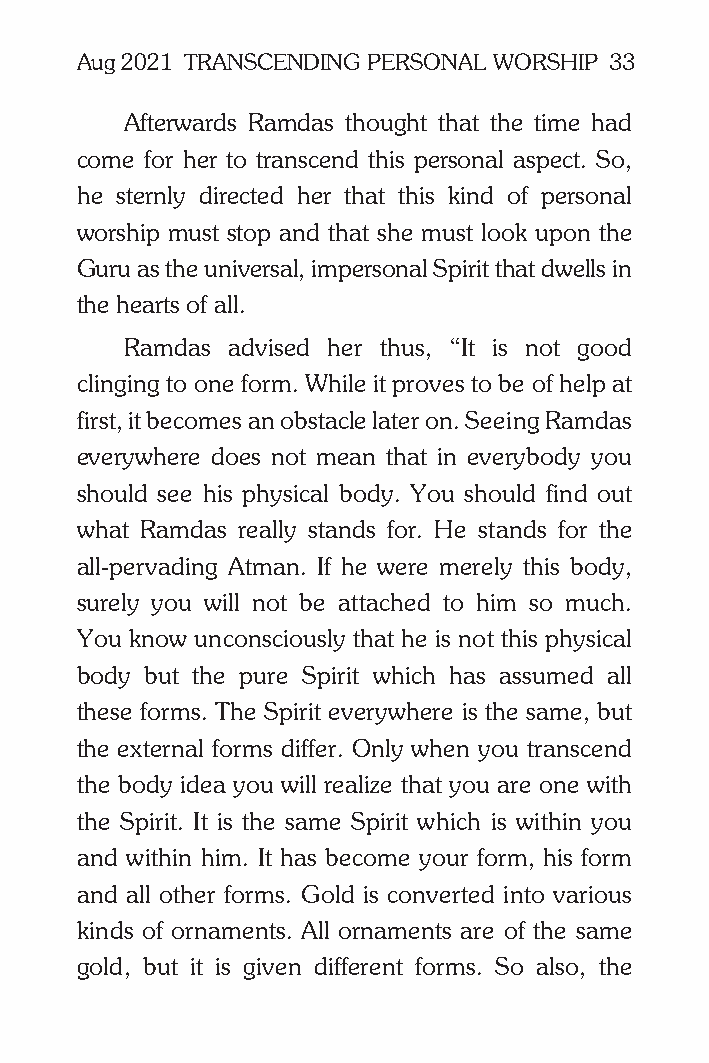
Aug 2021 TRANSCENDING PERSONAL WORSHIP 33
 Afterwards Ramdas thought that the time had
 come for her to transcend this personal aspect. So,
 he sternly directed her that this kind of personal
 worship must stop and that she must look upon the
 Guru as the universal, impersonal Spirit that dwells in
 the hearts of all.
 Ramdas advised her thus, “It is not good
 clinging to one form. While it proves to be of help at
 first, it becomes an obstacle later on. Seeing Ramdas
 everywhere does not mean that in everybody you
 should see his physical body. You should find out
 what Ramdas really stands for. He stands for the
 all-pervading Atman. If he were merely this body,
 surely you will not be attached to him so much.
 You know unconsciously that he is not this physical
 body but the pure Spirit which has assumed all
 these forms. The Spirit everywhere is the same, but
 the external forms differ. Only when you transcend
 the body idea you will realize that you are one with
 the Spirit. It is the same Spirit which is within you
 and within him. It has become your form, his form
 and all other forms. Gold is converted into various
 kinds of ornaments. All ornaments are of the same
 gold, but it is given different forms. So also, the